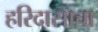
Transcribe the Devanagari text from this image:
हरिदासाचा